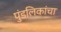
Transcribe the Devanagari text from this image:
पुंडलिकांचा